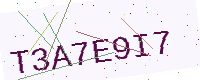
Text: T3A7E9I7